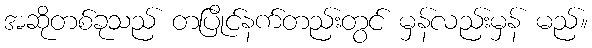
အဆိုတစ်ခုသည် တပြိုင်နက်တည်းတွင် မှန်လည်းမှန် မည်။